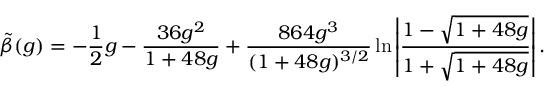
\tilde { \beta } ( g ) = - \frac { 1 } { 2 } g - \frac { 3 6 g ^ { 2 } } { 1 + 4 8 g } + \frac { 8 6 4 g ^ { 3 } } { ( 1 + 4 8 g ) ^ { 3 / 2 } } \ln \left| \frac { 1 - \sqrt { 1 + 4 8 g } } { 1 + \sqrt { 1 + 4 8 g } } \right| .